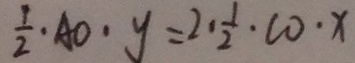
\frac { 1 } { 2 } \cdot A O \cdot y = 2 \cdot \frac { 1 } { 2 } \cdot C O \cdot x